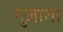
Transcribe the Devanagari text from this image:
गुजाता